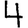
Digit: 4